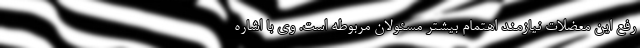
رفع این معضلات نیازمند اهتمام بیشتر مسئولان مربوطه است. وی با اشاره